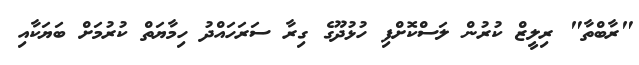
"ރާބްތާ" ރިލީޒް ކުރުން ލަސްކޮށްފި ހުޅުދޫގެ ގިރާ ސަރަހައްދު ހިމާޔަތް ކުރުމަށް ބަޔަކާއި